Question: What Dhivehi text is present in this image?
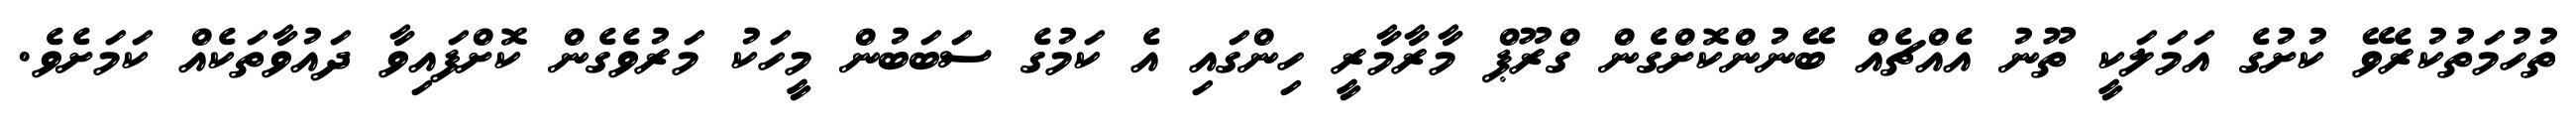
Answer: ތުހުމަތުކުރެވޭ ކުށުގެ އަމަލަކީ ތޫނު އެއްޗެއް ބޭނުންކޮށްގެން ގްރޫޕް މާރާމާރީ ހިންގައި އެ ކަމުގެ ސަބަބުން މީހަކު މަރުވެގެން ކޮށްފައިވާ ދައުވާތަކެއް ކަމަށެވެ.